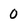
Character: 0